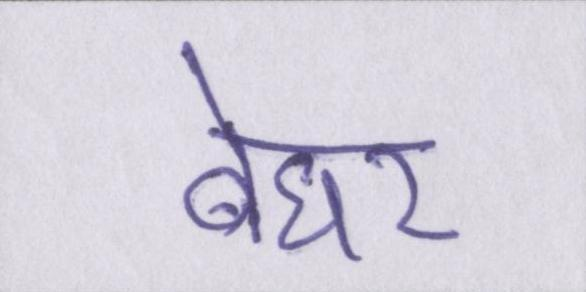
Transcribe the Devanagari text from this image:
बेघर